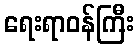
ရေးရာဝန်ကြီး